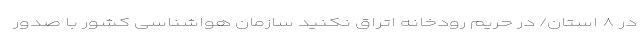
در ۸ استان/ در حریم رودخانه‌ اتراق نکنید سازمان هواشناسی کشور با صدور